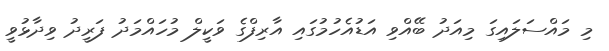
މި މައްސަލައިގަ މިއަދު ބޭއްވި އަޑުއެހުމުގައި އާރިފްގެ ވަކީލް މުހައްމަދު ފަރީދު ވިދާޅުވީ